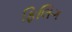
ફિલિગ